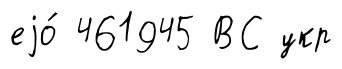
еjо́ 461945 ВС укр